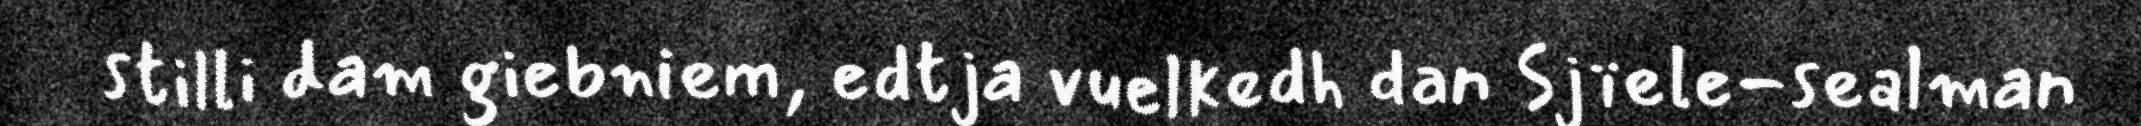
stilli dam giebniem, edtja vuelkedh dan Sjïele-sealman